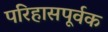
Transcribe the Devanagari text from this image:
परिहासपूर्वक